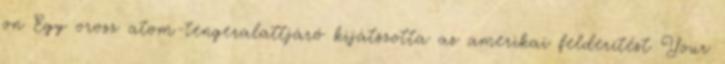
on Egy orosz atom-tengeralattjáró kijátszotta az amerikai felderítést Your